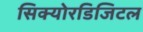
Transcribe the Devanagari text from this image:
सिक्योरडिजिटल